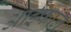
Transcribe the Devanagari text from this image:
आईफान